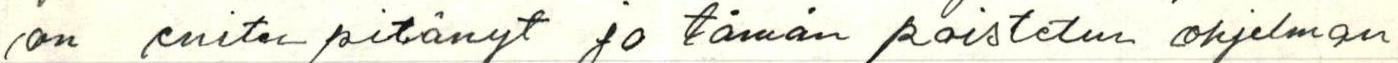
on eniten pitänyt ja tämän poistetun ohjelman